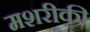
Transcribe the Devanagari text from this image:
मशरीक़ी